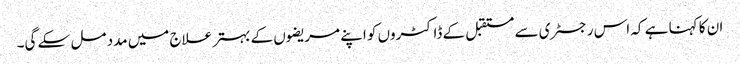
ان کا کہنا ہے کہ اس رجسٹری سے مستقبل کے ڈاکٹروں کو اپنے مریضوں کے بہتر علاج میں مدد مل سکے گی۔